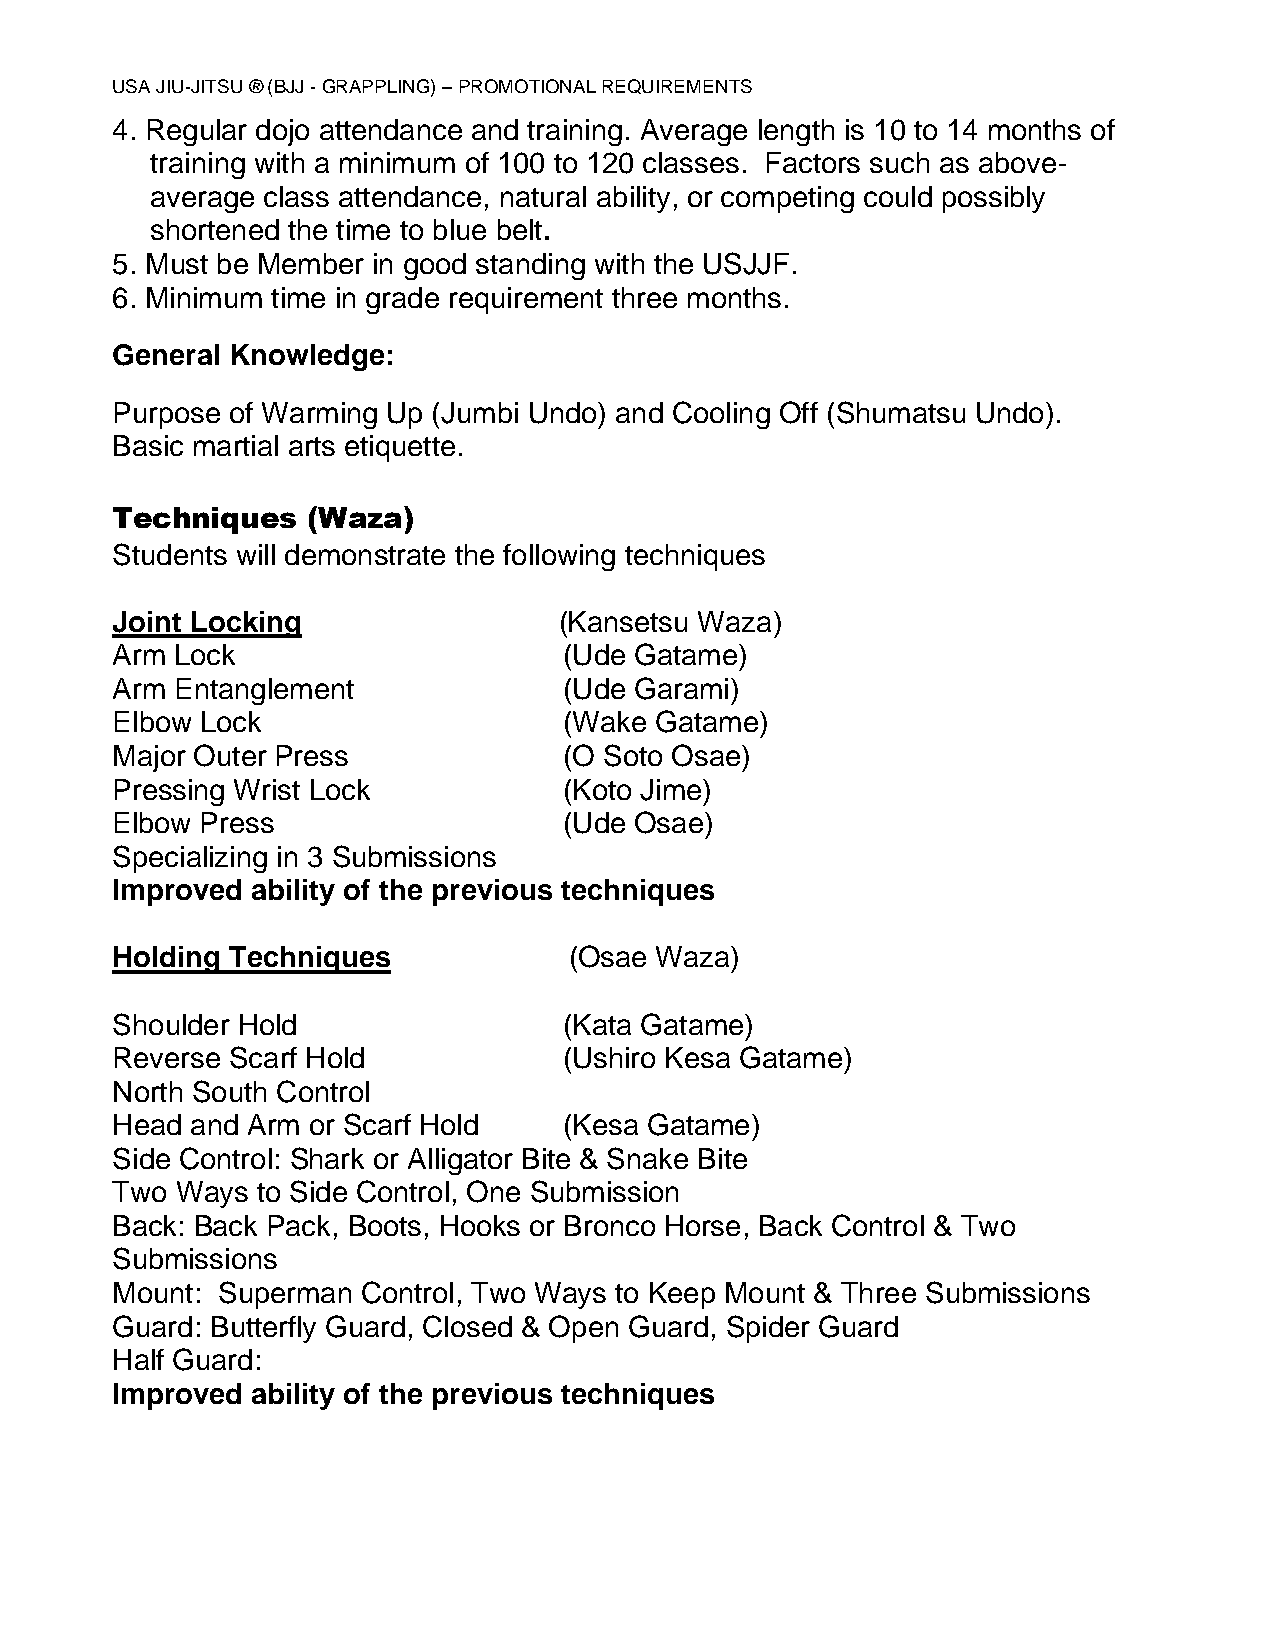
USA JIU-JITSU ® (BJJ - GRAPPLING) – PROMOTIONAL REQUIREMENTS
 4. Regular dojo attendance and training. Average length is 10 to 14 months of
 training with a minimum of 100 to 120 classes. Factors such as above-
 average class attendance, natural ability, or competing could possibly
 shortened the time to blue belt.
 5. Must be Member in good standing with the USJJF.
 6. Minimum time in grade requirement three months.
 General Knowledge:
 Purpose of Warming Up (Jumbi Undo) and Cooling Off (Shumatsu Undo).
 Basic martial arts etiquette.
 Techniques   (Waza)
 Students will demonstrate the following techniques
 Joint Locking                 (Kansetsu Waza)
 Arm  Lock                     (Ude Gatame)
 Arm  Entanglement             (Ude Garami)
 Elbow Lock                    (Wake Gatame)
 Major Outer Press             (O Soto Osae)
 Pressing Wrist Lock           (Koto Jime)
 Elbow Press                   (Ude Osae)
 Specializing in 3 Submissions
 Improved  ability of the previous techniques
 Holding Techniques             (Osae Waza)
 Shoulder Hold                 (Kata Gatame)
 Reverse Scarf Hold            (Ushiro Kesa Gatame)
 North South Control
 Head  and Arm or Scarf Hold   (Kesa Gatame)
 Side Control: Shark or Alligator Bite & Snake Bite
 Two  Ways to Side Control, One Submission
 Back: Back Pack, Boots, Hooks or Bronco Horse, Back Control & Two
 Submissions
 Mount: Superman  Control, Two Ways to Keep Mount & Three Submissions
 Guard: Butterfly Guard, Closed & Open Guard, Spider Guard
 Half Guard:
 Improved  ability of the previous techniques